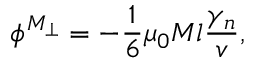
\phi ^ { M _ { \perp } } = - { \frac { 1 } { 6 } } \mu _ { 0 } M l { \frac { \gamma _ { n } } { v } } ,